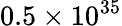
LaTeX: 0.5\times 10^{35}